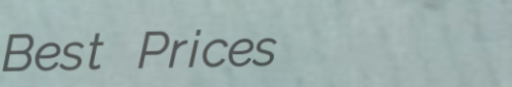
Best Prices